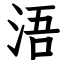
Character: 浯